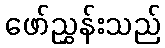
ဖော်ညွှန်းသည်